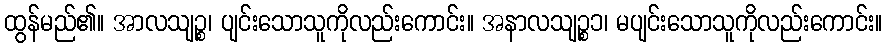
ထွန်မည်၏။ အာလသျဉ္စ၊ ပျင်းသောသူကိုလည်းကောင်း။ အနာလသျဉ္စ၁၊ မပျင်းသောသူကိုလည်းကောင်း။